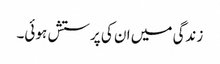
زندگی میں ان کی پرستش ہوئی۔